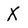
Character: X